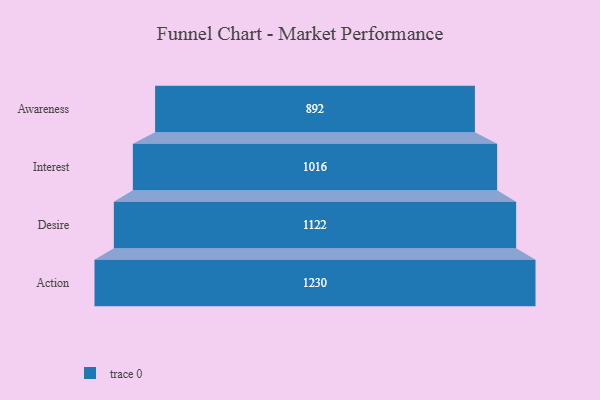
{"axis": {"x": "Stage", "y": "Value"}, "legend": [""], "data": [{"x": "Awareness", "y": 892.0, "type": ""}, {"x": "Interest", "y": 1016.0, "type": ""}, {"x": "Desire", "y": 1122.0, "type": ""}, {"x": "Action", "y": 1230.0, "type": ""}]}